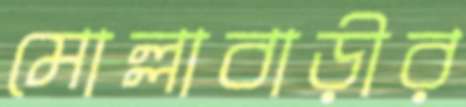
মোল্লাবাড়ীর